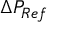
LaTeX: { \Delta } P _ { R e f } \,